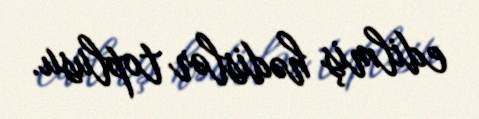
edilmiş hədislər toplusu.